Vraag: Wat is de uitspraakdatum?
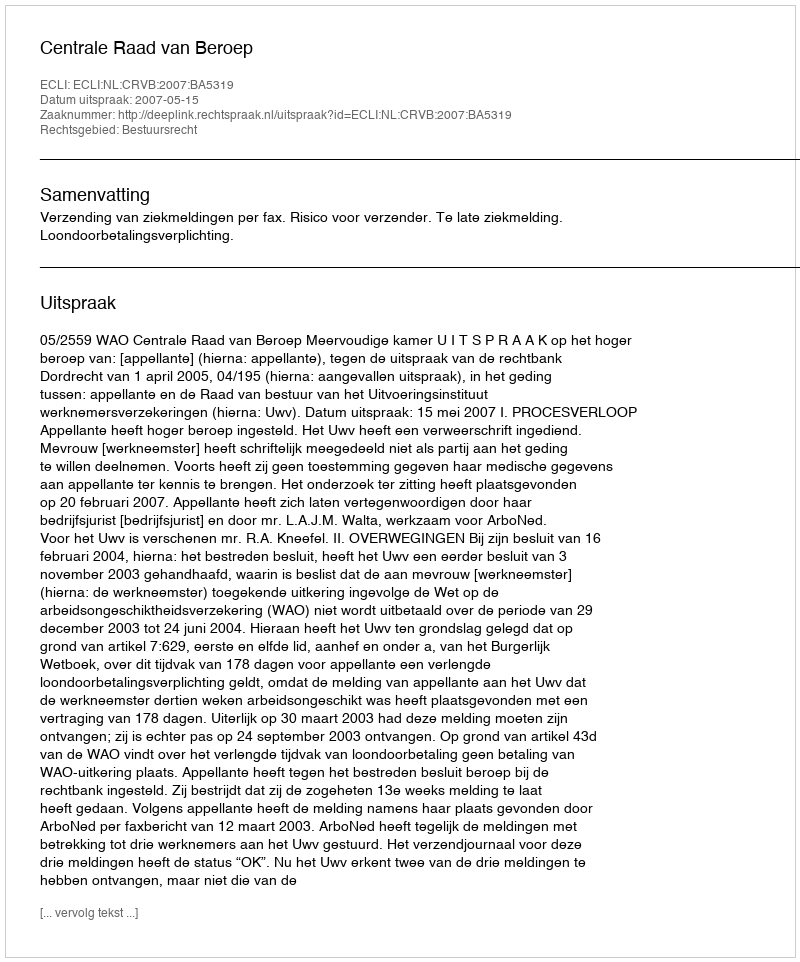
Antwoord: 2007-05-15